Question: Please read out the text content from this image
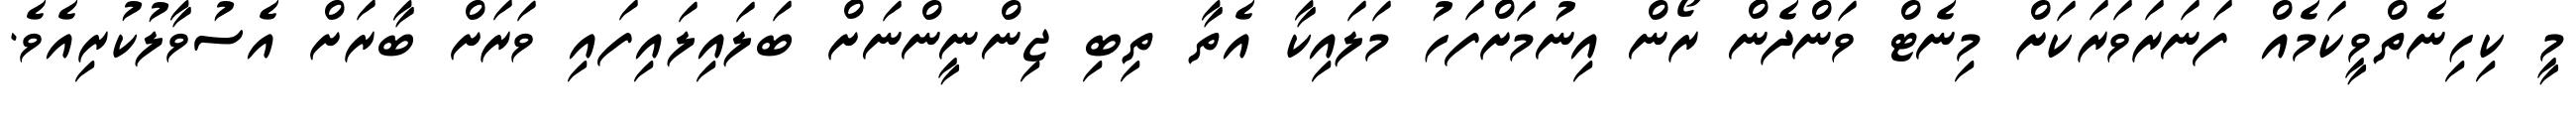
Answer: މީ ކިހިނެތްވީކަމެއް ފަނަރަވަރަކަށް މިނެޓް ވަންދެން ރޯން އިނުމަށްފަހު މަލައިކާ އެތާ ތިބި ޖިންނީންނަށް ބަލައިލައިފައި ވަރަށް ބާރަށް އެސުވާލުކުރިއެވެ.